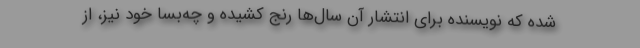
شده که نویسنده برای انتشار آن سال‌ها رنج کشیده و چه‌بسا خود نیز، از